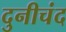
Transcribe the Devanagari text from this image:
दुनीचंद